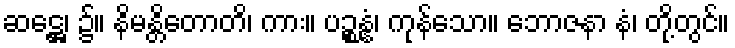
ဆဋ္ဌေ၊ ၌။ နိမန္တိတောတိ၊ ကား။ ပဉ္စန္နံ၊ ကုန်သော။ ဘောဇနာ နံ၊ တို့တွင်။